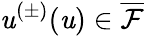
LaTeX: \mathit{u}^{(\pm)}(\mathfrak{{\mathit{u}}})\in\overline{{{\mathcal{{F}}}}}